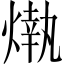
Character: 𤎒